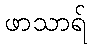
ဖာသာရ်